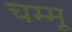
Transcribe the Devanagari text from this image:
चम्मू